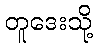
တူဒေးသို့